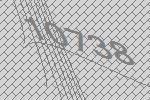
10738